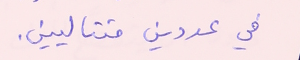
في عددين متتاليين.